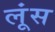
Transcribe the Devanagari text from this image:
लूंस